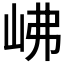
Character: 𡶒